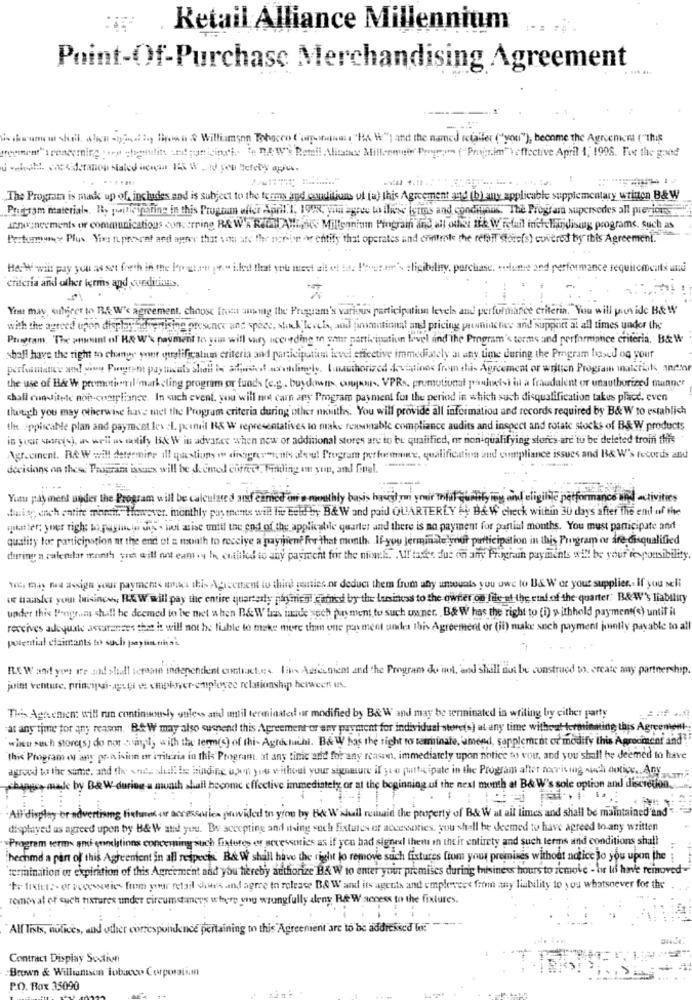
Retail Alliance Millennium
Point-Of-Purchase Merchandising Agreement
shawn w sheik. which -gitt ., Shown $ Williamson Tohoceo Corpowwww: "BA W"; and the named retailer ("you"), become the Agreemicra ("this
treverat"'s concerning toen chanslitt an! ; unicingl .. ", ".A. W's Ramil Alitanes Milleeengin' Proupon ("Progr.im"\ effective April 1, 1998. Fue the good
The Program is made up of, includes and is subject to the terms and conditions ut (a) this Agreement and (b) any applicable supplementary written B& W
Prucram materials Ry pannieyharina in this Program affer April 1, 1998, you agree to these terms and condirons. The Programa supersedes all previous
armazneements or communications concerning RAW'R REN AMLink Millennium Pingrain and all oufel ik W retail incheHindising programs, such as
Performance Plus. Vous n promet and agter that you and the person or entity that operates and control the retail Store(s) covered by this Agreement.
How will pay you as set forth in the Por ation (n" illed that you mest all et ta. It-star'\ eligibility, porchase, volume and performance requirements and
Criteria and other terms and coeditings.
You may sutirer to THE W'e agreement, choose frien aning the Program's various participation levels and performance criteria."You will provide B& W
with the agreed upon displayhdrenising presence and spece, shek'level, and promotional and pricing pawninches and support at all times under the
Program. The amint of R& W'\ payment'to yan will vary nocheding in gau participation lovel and the Program's terms and performinnice criteria. B& W
shall have the right to change yner qualificatium criteria and participotim level effective immediately at any time during the Program based on your
performance and! yine Porem pay ticals shall in afforded www.ingly. Unauthorized drumminns from this Agreement or written Program materisk, andhor
the use of B& W promotion il marketing program or funds (e.g. buydown, cursos. VPRs, promotional poulets) in a fraudulent or unauthorized manner
chall cunitetc non-compliance. In such event, you'will not carn any Program payment for the period in which such disqualification takes place. even
though you may otherwise have mel the Program criteria during other mwiths. You will provide all information and records required by B& W to establich
the Applicable plan and payment level. permil B& W representatives to make reasonable compliance audits and inspect and rotate stocks of B& W products
in your sores), as well as modify B& W in advance when new or additional stores are to be qualified, or non-qualifying stor's-are to be deleted fromfi this
Agrecinent. RAW will determine ill questions m dioghermonths dlou! Program performune, qualificativa and compliance issues and B& W's records and
decidans on these Program issues will be deemed coffee . Finding on youp, and final.
....
Yutu pay ment under the Program will be calculated and camed on a monthly basis haveit in your ihlal qualifying and eligible performance and activities
During, och entire manis"However. monthly payments will hi telelby B& W and paid QUARTERLY by B& W check within 30 days after the end of the
apkatter; yner right to paylucia dos . wui aise until the end of the applicable quarter and there is no payment for partial months. You must participate and
quality for participation at the end of a month to receive a payment for that month. If-you Jerminale your participation in this Program or dre disqualified
during a calendar month you will ont canlog In cotiled to any payrecht for the nicach. . Ultades due on any Prograin payments will be your responsibility
w, mas na awsign your payment mas this Agiscitient to thini ponies.nr deduci them from any umouals you owe to B& W of your supplier. If you seli
of transfer your luisinces, FEW will pay the entire quarterly pannes cified by the business to the owner on file at the end of the quarter: B&W's liability
under this Programs shall be deemed to be met when B& W has indie such payment, to such owner, B& W has the right to (i) withhold payment(s) untif it
receives adequate assurances that it will not be liable to make mere the one payment under this Agreement or (il) make such payment jointly pasable to all
potential claimants to such paytan nias.
R.& W and your ire and shall serasin independent contracture. livs Assesniemt and the Program du wol, and shall not be construed to. ercate my partnership.
joint venture, principal-appi et cmphver-employee relationship herwcen us.
This Agreement will run continuously guless and until terminated ar modified by B& W and may be terminated in writing by either party
at any time for any reason. BA-W may also suspend this Agreement or any payment for individual store(s) at any time without terminating this Agreement
when such storets') do not simply with the term(s) of thi- Agroctuchi. B& W has the right to seminale, amend, supplement or modify this Agrooment and"
this Program av any pra isinn or criteria in this Program, at any tinic and for any reason, immediately upon notice to vou, and you' shall be deemed to have
agrood to the same, and the wnce afull be binding upon you without your signature if you puttipate in the Program after naviving sich antics. Any
was made by B& W during a month shall become effective immediately or at the beginning of the next month at B& W's sole option and discretion.
Alf display or advertising fietwood or accessories provided in you by the W shall remain the property of B& W at all times and shall be maintained and
displayed as agreed upon tyy B& W and you. By accepting and using woch fixtures of accessories. you shall be deemed to have agreed to any written
"Program terms ami eneditions concerning such fixtures eur necessaries as if you had signed them in their entirety and such terms and conditions shall
hechmd a part of this Agreenlent in all respects. B& W shall have the right to remove such fixtures lium your premises without notice to you upon the
termination or expiration of this Agreement and you hereby authorize B& W to enter your premises during bisiness hours to remove - bir lo have removed-
te litet ?- or veceswies fum your retail shwes and agree to release B& W and its agents and emplevers from any liability to you whatsoever for the
removal of such fixtures under circumstances where we wrongfully along B&W access to the fixtures.
All lists, notices, and other correspondence pertaining to this Agreement are to be addressed to:
Contract Display Soutien
Brown & Williamsen Tobacco Corporation
P.O. Box 35090